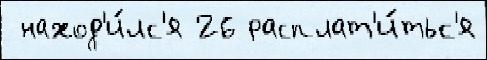
 наход'и́лс'я 26 расплат'и́тьс'я